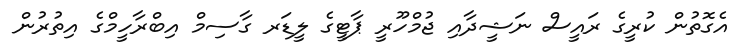
އެގޮތުން ކުރީގެ ރައީސް ނަޝީދާއި ޖުމްހޫރީ ޕާޓީގެ ލީޑަރ ގާސިމް އިބްރާހީމްގެ އިތުރުން